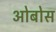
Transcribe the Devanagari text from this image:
ओबोस